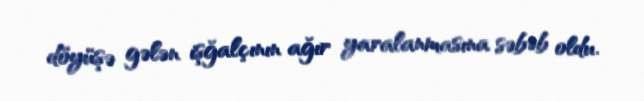
döyüşə gələn işğalçının ağır yaralanmasına səbəb oldu.